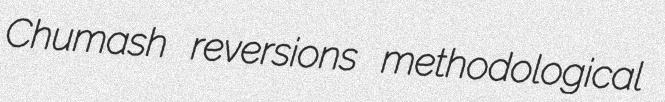
Chumash reversions methodological